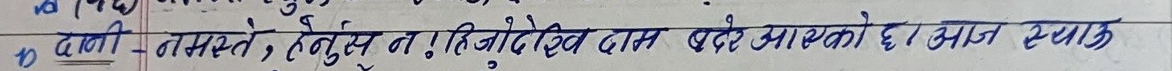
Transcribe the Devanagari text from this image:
दामी-नमस्से, रेनुस नः! हिजोदेखि दाम बढ्ने आएको छ। आज स्विक